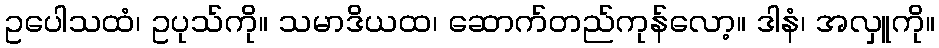
ဥပေါသထံ၊ ဥပုသ်ကို။ သမာဒိယထ၊ ဆောက်တည်ကုန်လော့။ ဒါနံ၊ အလှူကို။